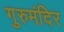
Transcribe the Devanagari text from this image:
गुरुमंदिर